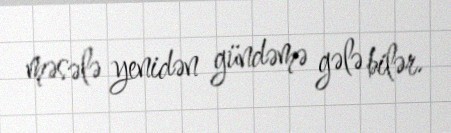
məsələ yenidən gündəmə gələ bilər.